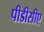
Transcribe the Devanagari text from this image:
पीडीसीए